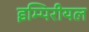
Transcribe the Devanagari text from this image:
इम्पिरीयल